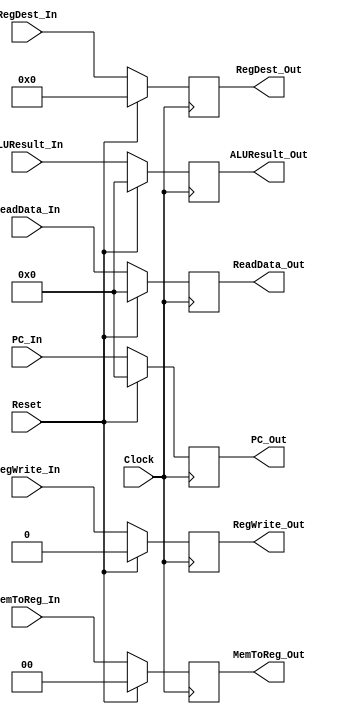
`timescale 1ns / 1ps
//////////////////////////////////////////////////////////////////////////////////
// Company: 
// Engineer: 
// 
// Design Name: 
// Module Name: STAGE_REG_4
// Project Name: 
// Target Devices: 
// Tool Versions: 
// Description: 
// 
// Dependencies: 
// 
// Revision:
// Revision 0.01 - File Created
// Additional Comments:
// 
//////////////////////////////////////////////////////////////////////////////////


module MEMWB_Reg(
    Clock, Reset,
    // Control Input(s)
    MemToReg_In, RegDest_In, RegWrite_In,
    // Data Input(s)
    ALUResult_In, PC_In, ReadData_In,  
    // Control Output(s)
    MemToReg_Out, RegDest_Out, RegWrite_Out,
    // Data Output(s)
    ALUResult_Out, PC_Out, ReadData_Out);
    
    input Clock, Reset, RegWrite_In;
    input [1:0] MemToReg_In;
    input [4:0] RegDest_In;
    input [31:0] ALUResult_In, PC_In, ReadData_In;
    
    output reg RegWrite_Out;
    output reg [1:0] MemToReg_Out;
    output reg [4:0] RegDest_Out;
    output reg [31:0] ALUResult_Out, ReadData_Out;
    (* mark_debus = "true"*) output reg [31:0] PC_Out;
    
    initial begin
        ALUResult_Out <= 32'b0;
        MemToReg_Out <= 2'b0;
        PC_Out <= 32'b0;
        ReadData_Out <= 32'b0;
        RegDest_Out <= 5'b0;
        RegWrite_Out <= 0;
    end
    
    always @(posedge Clock) begin
        if(Reset) begin
            ALUResult_Out       <= 0;
            MemToReg_Out        <= 0;
            PC_Out             <= 0;
            ReadData_Out        <= 0;
            RegDest_Out         <= 0;
            RegWrite_Out        <= 0;
        end else begin
            ALUResult_Out       <= ALUResult_In;
            MemToReg_Out        <= MemToReg_In;
            PC_Out              <= PC_In;
            ReadData_Out        <= ReadData_In;
            RegDest_Out         <= RegDest_In;
            RegWrite_Out        <= RegWrite_In;
        end
    end
endmodule